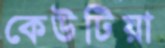
কেউটিয়া